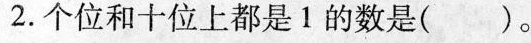
2.个位和十位上都是1的数是( )。